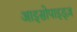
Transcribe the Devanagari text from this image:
आइसोपाइड्ज़